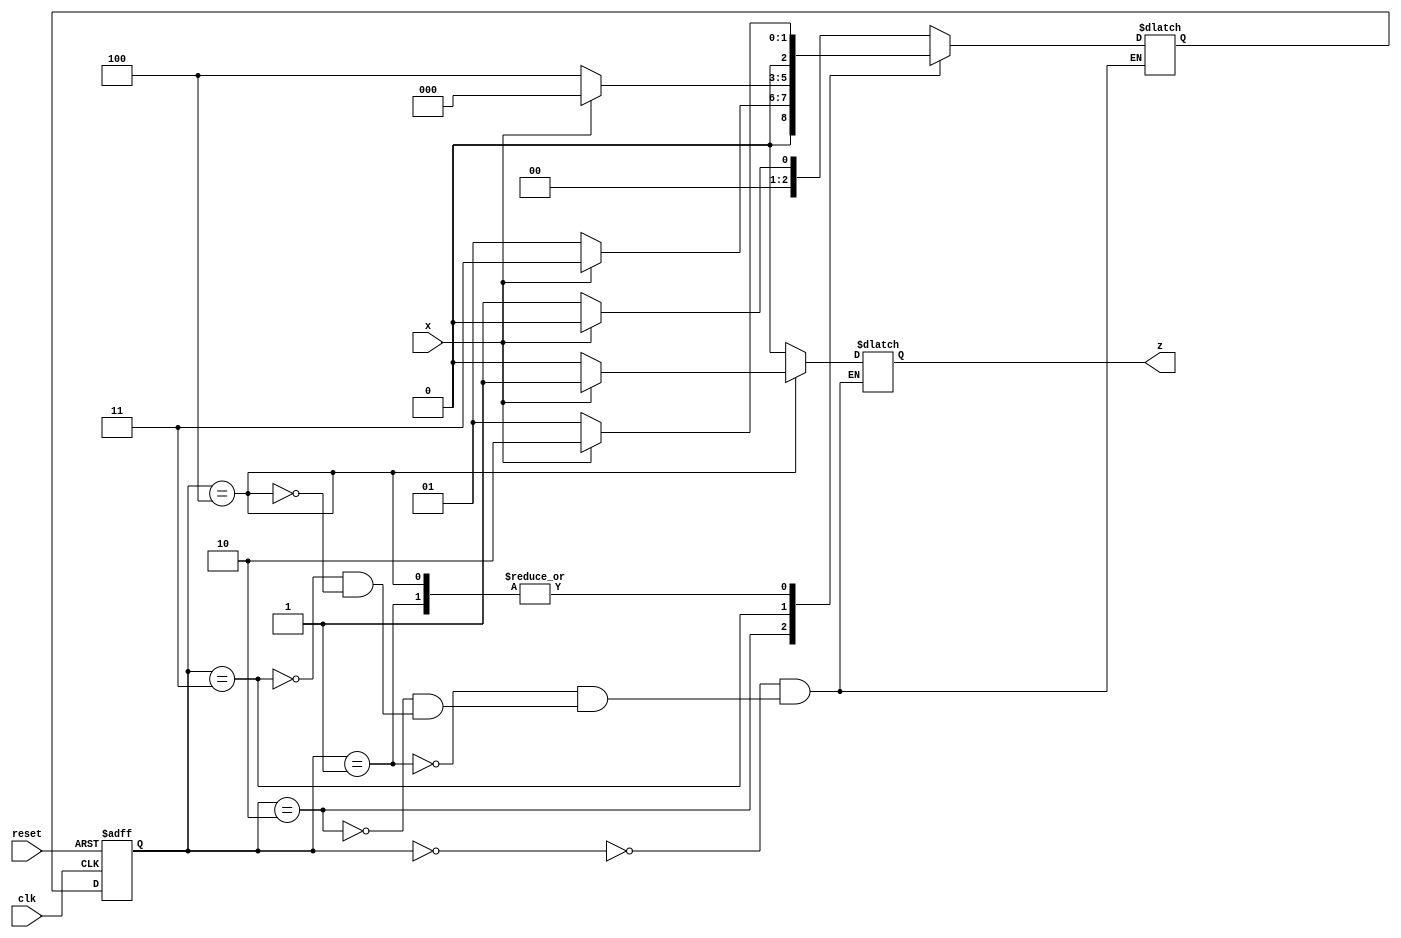
module Sequence_Detector (x,clk,reset,z);
input x,clk,reset;
output z;
reg [0:2] ps,ns;
reg z;
always@(posedge clk or posedge reset)
begin
if(reset) ps <= 3'b0;
else ps <= ns;
end
always@(ps or x)
case(ps)
3'b0:begin z = x?0:0; ns = x?3'b0:3'b1; end
3'b1:begin z = x?0:0; ns = x?3'b10:3'b1; end
3'b10:begin z = x?0:0; ns = x?3'b11:3'b1; end
3'b11:begin z = x?0:0; ns = x?3'b0:3'b100; end
3'b100:begin z = x?1:0; ns = x?3'b10:3'b1; end
endcase
endmodule